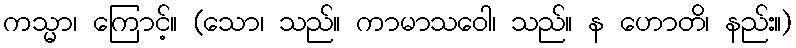
ကသ္မာ၊ ကြောင့်။ (သော၊ သည်။ ကာမာသဝေါ၊ သည်။ န ဟောတိ၊ နည်း။)